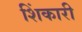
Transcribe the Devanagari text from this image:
शिंकारी